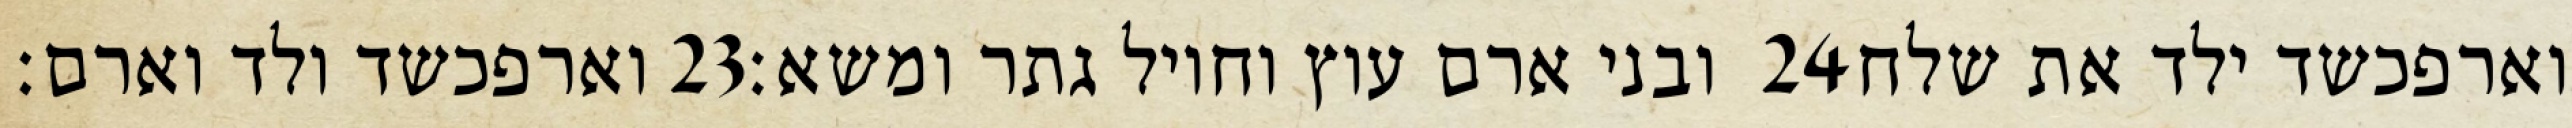
וארפכשד ולד וארם׃ ‎23‏ ובני ארם עוץ וחויל גתר ומשא׃ ‎24‏ וארפכשד ילד את שלח